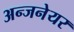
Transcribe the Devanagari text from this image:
अन्जनेयर